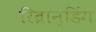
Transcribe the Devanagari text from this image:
रिब्रान्डिंग